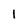
Character: 1